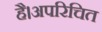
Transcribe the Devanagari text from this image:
है।अपरिचित